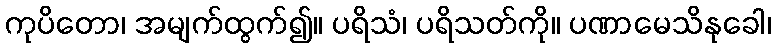
ကုပိတော၊ အမျက်ထွက်၍။ ပရိသံ၊ ပရိသတ်ကို။ ပဏာမေသိနုခေါ၊